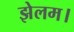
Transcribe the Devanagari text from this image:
झेलम।